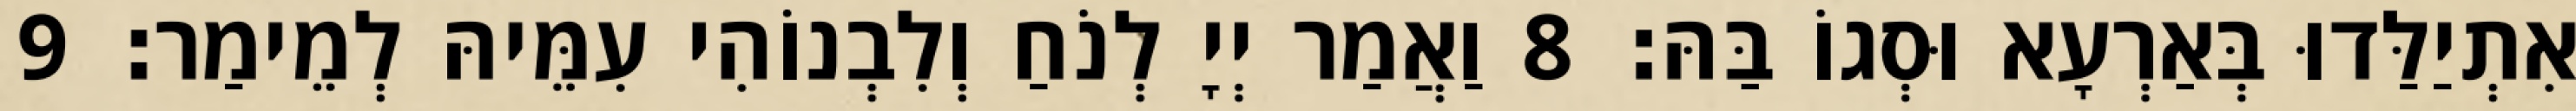
אִתְיַלַּדוּ בְּאַרְעָא וּסְגוֹ בַּהּ׃ 8 וַאֲמַר יְיָ לְנֹחַ וְלִבְנוֹהִי עִמֵּיהּ לְמֵימַר׃ 9